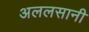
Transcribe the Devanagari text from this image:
अललसानी